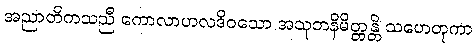
အညာတိကသညီ ကောလာဟလဒိဝသော အသုဘနိမိတ္တန္တိ သဟေတုကာ